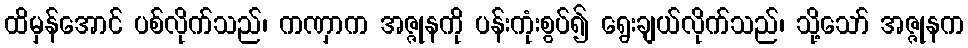
ထိမှန်အောင် ပစ်လိုက်သည်၊ ကဏှာက အဇ္ဇုနကို ပန်းကုံးစွပ်၍ ရွေးချယ်လိုက်သည်၊ သို့သော် အဇ္ဇုနက